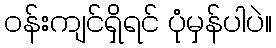
ဝန်းကျင်ရှိရင် ပုံမှန်ပါပဲ။